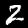
Label: 2